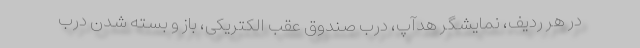
در هر ردیف، نمایشگر هدآپ، درب صندوق عقب الکتریکی، باز و بسته شدن درب